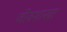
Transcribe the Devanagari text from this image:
जीवशाखा